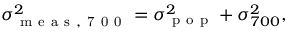
\sigma _ { \mathrm { ~ m ~ e ~ a ~ s ~ , ~ 7 ~ 0 ~ 0 ~ } } ^ { 2 } = \sigma _ { \mathrm { ~ p ~ o ~ p ~ } } ^ { 2 } + \sigma _ { 7 0 0 } ^ { 2 } ,